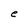
Character: e